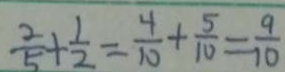
\frac { 2 } { 5 } + \frac { 1 } { 2 } = \frac { 4 } { 1 0 } + \frac { 5 } { 1 0 } = \frac { 9 } { 1 0 }